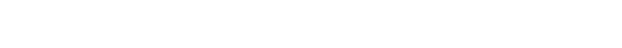
ငါ့ရှင်တို့။ ဧတ္တာဝတာခေါ၊ ဤမျှအတိုင်းအရှည်ဖြင့်သာလျှင်။ ဘိက္ခု၊ ရဟန်းသည်။